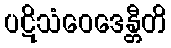
ပဋိသံဝေဒေန္တီတိ